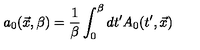
a _ { 0 } ( \vec { x } , \beta ) = { \frac { 1 } { \beta } } \int _ { 0 } ^ { \beta } d t ^ { \prime } A _ { 0 } ( t ^ { \prime } , \vec { x } )